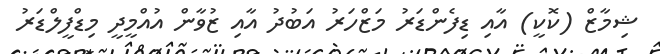
ޝިމާޒް (ކޮކީ) އާއި ޑިފެންޑަރު މަޒްހަރު އަބުދު އާއި ޒުވާން އުއްމީދީ މިޑްފީލްޑަރު